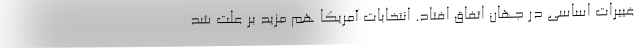
غییرات اساسی در جهان اتفاق افتاد. انتخابات آمریکا هم مزید بر علت شد